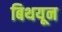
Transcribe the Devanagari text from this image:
बिथयून